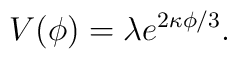
V(\phi)=\lambda e^{2\kappa \phi/3}.